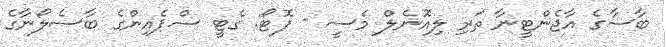
ބާސާގެ އާޖެންޓީނާ ތަރި ލިއޮނެލް މެސީ - ފޮޓޯ: ގެޓީ ސްޕެއިންގެ ބާސެލޯނާގެ